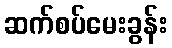
ဆက်စပ်မေးခွန်း